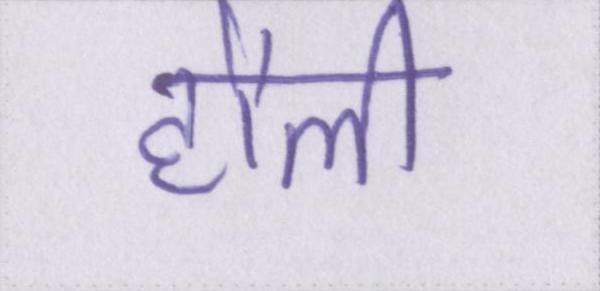
हौली